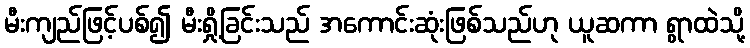
မီးကျည်ဖြင့်ပစ်၍ မီးရှို့ခြင်းသည် အကောင်းဆုံးဖြစ်သည်ဟု ယူဆကာ ရွာထဲသို့